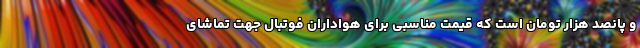
و پانصد هزار تومان است که قیمت مناسبی برای هواداران فوتبال جهت تماشای